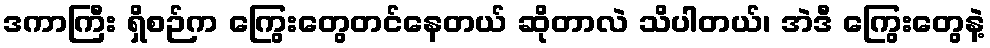
ဒကာကြီး ရှိစဉ်က ကြွေးတွေတင်နေတယ် ဆိုတာလဲ သိပါတယ်၊ အဲဒီ ကြွေးတွေနဲ့